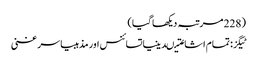
(228 مرتبہ دیکھا گیا)
ٹیگز: تمام اشاعتیںدینیاتسائنس اور مذہبیاسر غنی